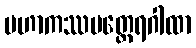
မဟာကဿပတ္ထေရဂါထာ